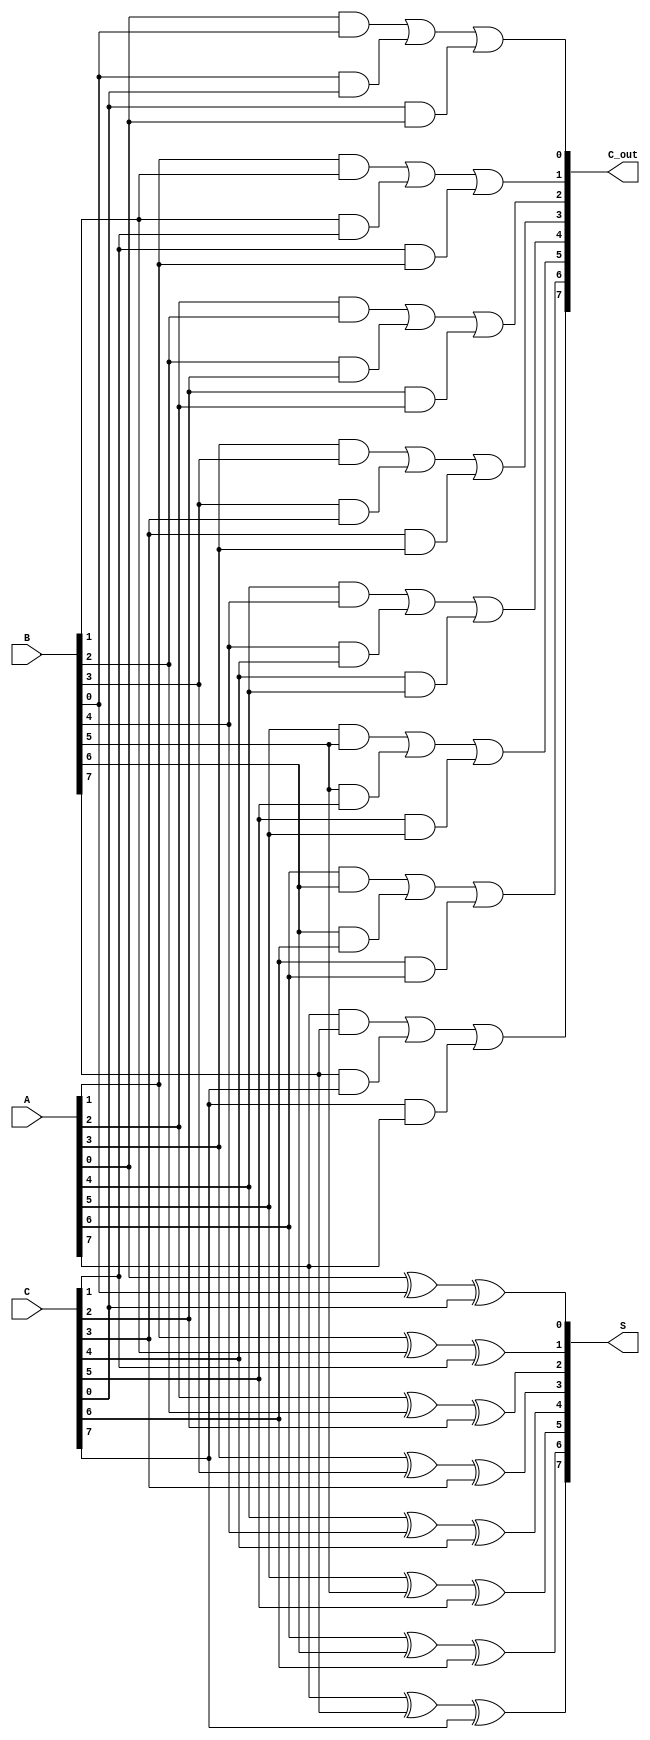
module CarrySaveAdder #(parameter n = 8) (
    input  wire [n-1:0] A,  // First operand
    input  wire [n-1:0] B,  // Second operand
    input  wire [n-1:0] C,  // Third operand
    output wire [n-1:0] S,   // Sum output
    output wire [n-1:0] C_out // Carry output
);

    // Intermediate wires for sum and carry
    wire [n-1:0] sum_temp;
    wire [n-1:0] carry_temp;

    // Full adder logic for each bit position
    genvar i;
    generate
        for (i = 0; i < n; i = i + 1) begin : full_adder
            // Sum calculation
            assign S[i] = A[i] ^ B[i] ^ C[i];

            // Carry calculation
            assign C_out[i] = (A[i] & B[i]) | (B[i] & C[i]) | (C[i] & A[i]);
        end
    endgenerate

endmodule